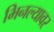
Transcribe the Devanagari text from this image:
भिनल्यावर